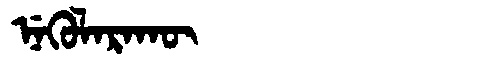
Manchu: ᠨᡝᡴᡠᠯᠠᡵᠠᡴᡡ
Romanization: NEKULARAKŪ